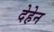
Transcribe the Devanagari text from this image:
देहेन